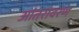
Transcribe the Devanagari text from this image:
आंतरावरण